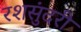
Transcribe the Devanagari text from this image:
रशसुंदरी